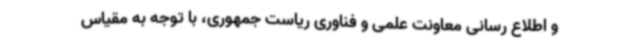
و اطلاع رسانی معاونت علمی و فناوری ریاست جمهوری، با توجه به مقیاس